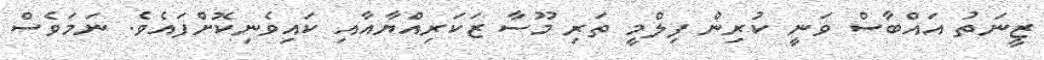
ޒީނަތު އައްބާސް ވަނީ ކުރިން ފިލްމީ ތަރި މޫސާ ޒަކަރިއްޔާއާއި ކައިވެނިކޮށްފައެވެ. ނަމަވެސް